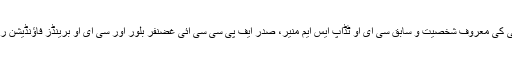
اس موقع پر بزنس کمیونٹی کی معروف شخصیت و سابق سی ای او ٹڈاپ ایس ایم منیر، صدر ایف پی سی سی آئی غضنفر بلور اور سی ای او برینڈز فاؤنڈیشن راشد عالم بھی موجود تھے۔